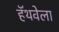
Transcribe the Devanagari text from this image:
हॅथवेला